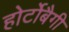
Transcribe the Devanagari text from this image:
होर्टोबैगी